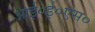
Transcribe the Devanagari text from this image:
आई०ई०एस०